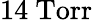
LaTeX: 14~\mathrm{Torr}